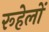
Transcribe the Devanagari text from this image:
रूहेलों